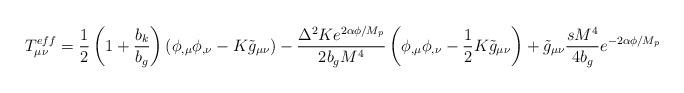
LaTeX: \begin{align*}T_{\mu\nu}^{eff}=\frac{1}{2}\left(1+\frac{b_{k}}{b_{g}}\right)\left(\phi_{,\mu}\phi_{,\nu}-K\tilde{g}_{\mu\nu}\right)-\frac{\Delta^{2}Ke^{2\alpha\phi/M_{p}}}{2b_{g}M^{4}}\left(\phi_{,\mu}\phi_{,\nu}-\frac{1}{2}K\tilde{g}_{\mu\nu}\right)+\tilde{g}_{\mu\nu}\frac{sM^{4}}{4b_{g}}e^{-2\alpha\phi/M_{p}} \end{align*}